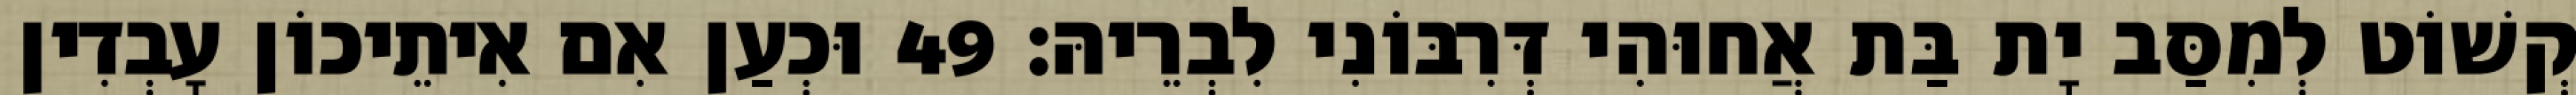
קְשׁוֹט לְמִסַּב יָת בַּת אֲחוּהִי דְּרִבּוֹנִי לִבְרֵיהּ׃ 49 וּכְעַן אִם אִיתֵיכוֹן עָבְדִין